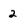
Character: 2